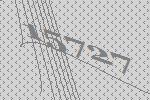
15727